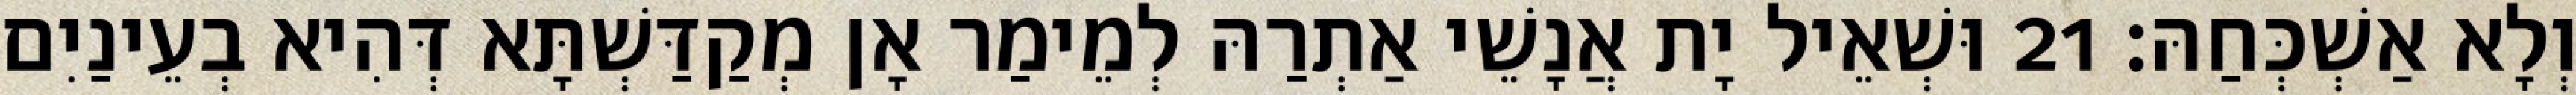
וְלָא אַשְׁכְּחַהּ׃ 21 וּשְׁאֵיל יָת אֲנָשֵׁי אַתְרַהּ לְמֵימַר אָן מְקַדַּשְׁתָּא דְּהִיא בְעֵינַיִם